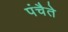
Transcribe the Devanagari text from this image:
पंचैते